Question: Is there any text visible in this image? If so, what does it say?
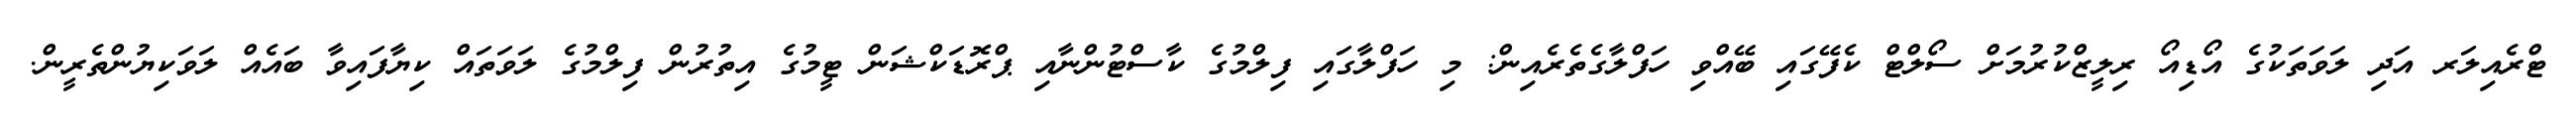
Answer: ޓްރެއިލަރ އަދި ލަވަތަކުގެ އޯޑިއޯ ރިލީޒްކުރުމަށް ސޯލްޓް ކެފޭގައި ބޭއްވި ހަފްލާގެތެރެއިން: މި ހަފްލާގައި ފިލްމުގެ ކާސްޓުންނާއި ޕްރޮޑަކްޝަން ޓީމުގެ އިތުރުން ފިލްމުގެ ލަވަތައް ކިޔާފައިވާ ބައެއް ލަވަކިޔުންތެރީން.